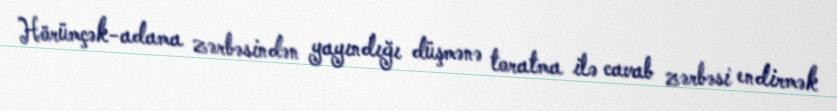
Hörümçək-adama zərbəsindən yayındığı düşmənə toratma ilə cavab zərbəsi endirmək